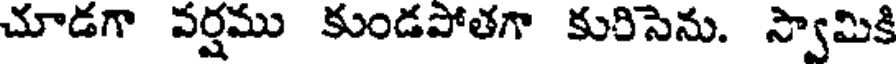
చూడగా వర్షము కుండపోతగా కురిసెను. స్వామికి